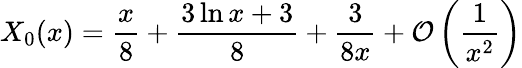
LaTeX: X_{0}(x)=\frac{x}{8}+\frac{3\ln x+3}{8}+\frac{3}{8x}+{\cal O}\left(\frac{1}{x^{2}}\right)